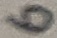
Text: 6